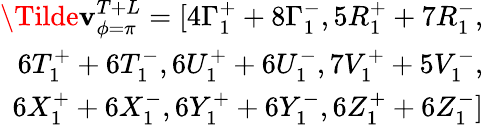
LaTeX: \begin{array}{r}{\Tilde{\mathbf{v}}_{\phi=\pi}^{T+L}=[4\Gamma_{1}^{+}+8\Gamma_{1}^{-},5R_{1}^{+}+7R_{1}^{-},}\\ {6T_{1}^{+}+6T_{1}^{-},6U_{1}^{+}+6U_{1}^{-},7V_{1}^{+}+5V_{1}^{-},}\\ {6X_{1}^{+}+6X_{1}^{-},6Y_{1}^{+}+6Y_{1}^{-},6Z_{1}^{+}+6Z_{1}^{-}]}\end{array}